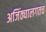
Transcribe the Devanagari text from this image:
अजिंठ्यालगतच